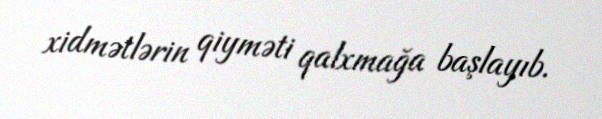
xidmətlərin qiyməti qalxmağa başlayıb.